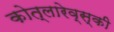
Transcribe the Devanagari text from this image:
कोत्लारेव्स्की